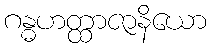
ဂန္ဓဟတ္ထာဇာနိယော